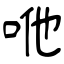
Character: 咃